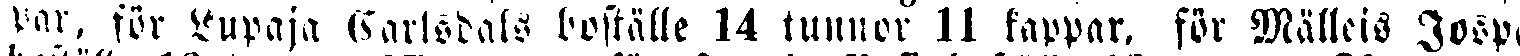
par, för Lupaja Carlsdals boställe 14 tunnor 11 kappar, för Mälleis Josp